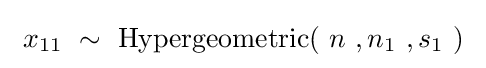
\ x_{11}\ \sim \ {\mbox{Hypergeometric}}(\ n\ ,n_{1}\ ,s_{1}\ )~